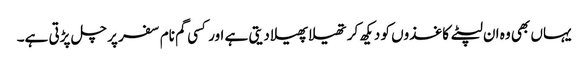
یہاں بھی وہ ان لپٹے کاغذوں کو دیکھ کر تھیلا پھیلا دیتی ہے اور کسی گم نام سفر پر چل پڑتی ہے۔